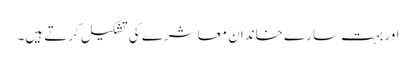
اور بہت سارے خاندان معاشرے کی تشکیل کرتے ہیں۔